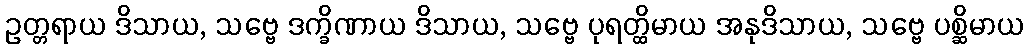
ဥတ္တရာယ ဒိသာယ, သဗ္ဗေ ဒက္ခိဏာယ ဒိသာယ, သဗ္ဗေ ပုရတ္ထိမာယ အနုဒိသာယ, သဗ္ဗေ ပစ္ဆိမာယ